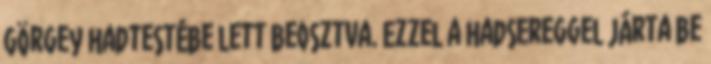
Görgey hadtestébe lett beosztva. Ezzel a hadsereggel járta be